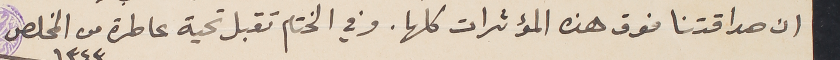
ان صداقتنا فوق هذه المؤثرات كلها. وفي الختام تقبل تحية عاطرة من المخلص